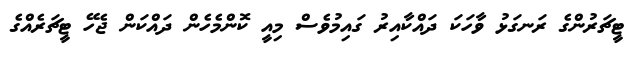
ޓީޗަރުންގެ ރަނގަޅު ވާހަަކަ ދައްކާއިރު ގައިމުވެސް މިއީ ކޮންމެހެން ދައްކަން ޖެހޭ ޓީޗަރެއްގެ